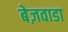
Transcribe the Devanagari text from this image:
बेज़वाडा